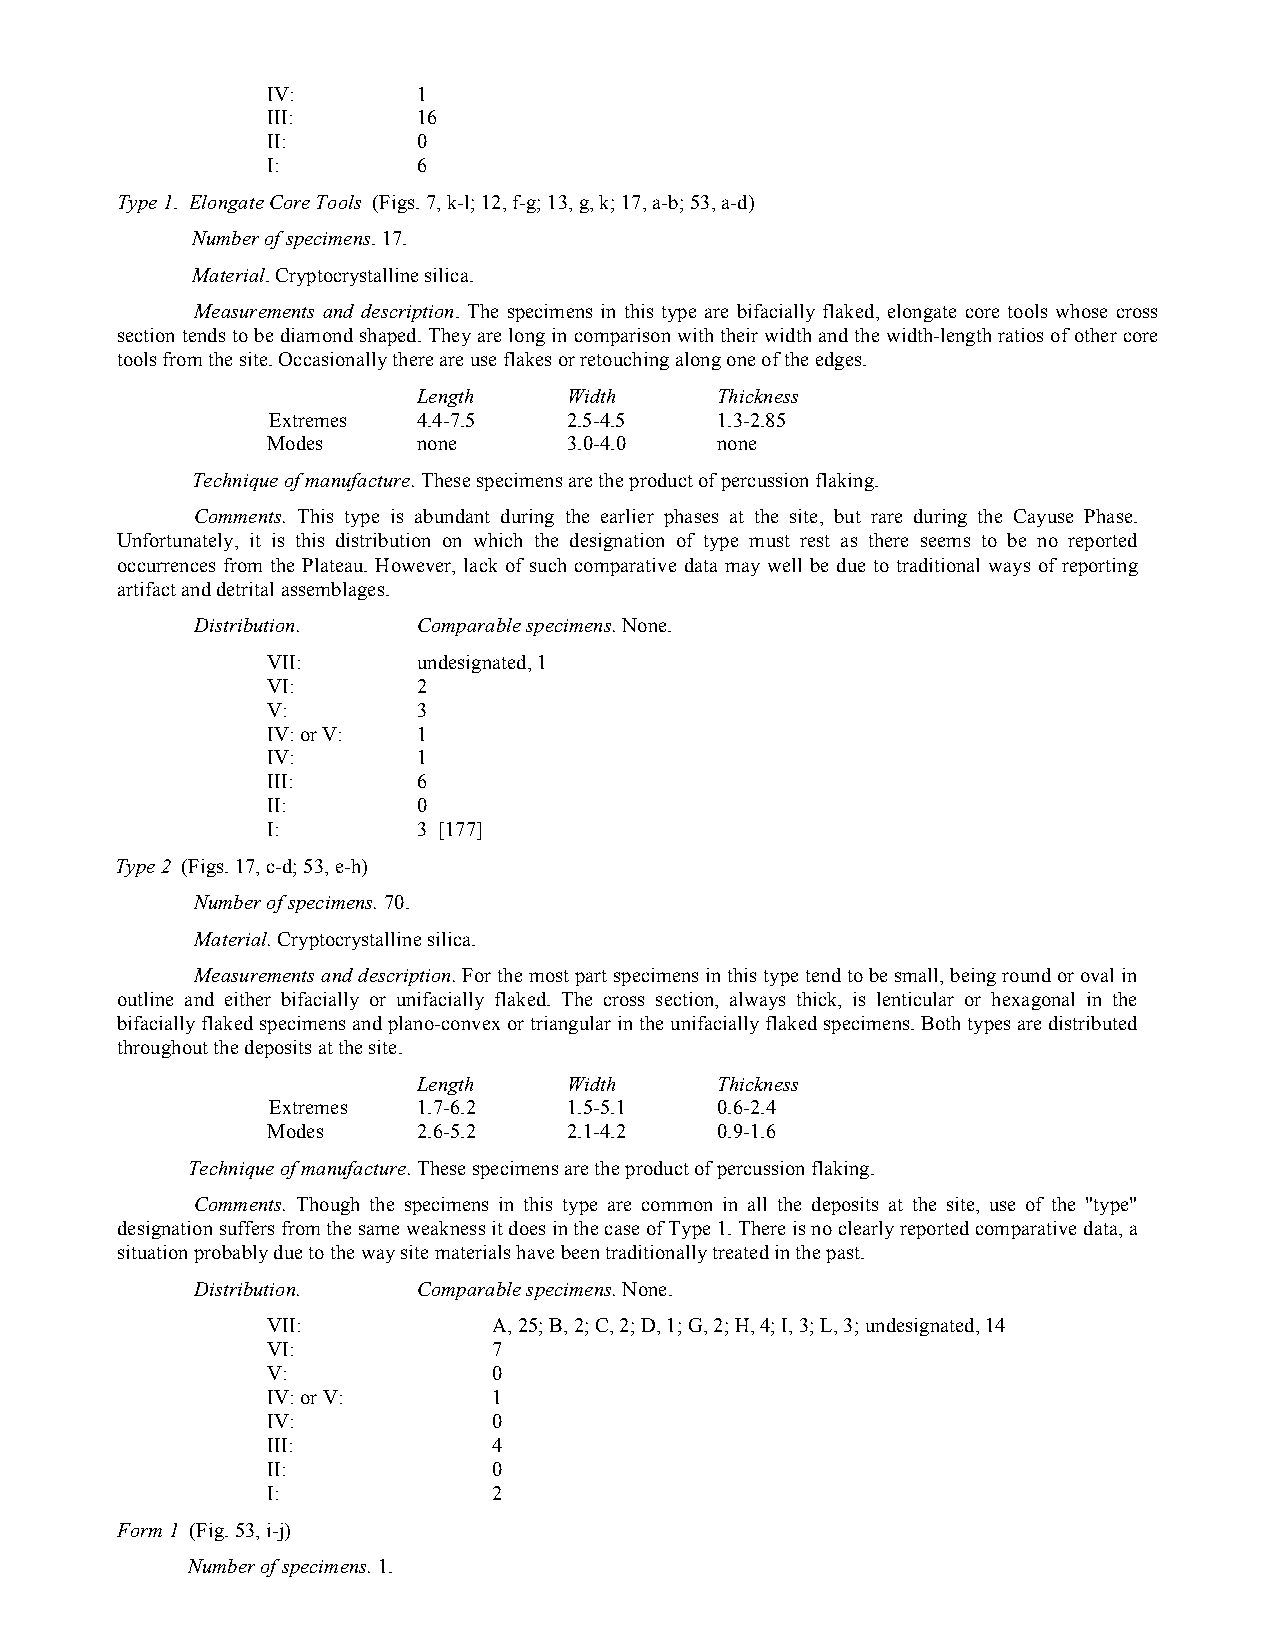
IV:       1
 III:      16
 II:       0
 I:        6
 Type 1. Elongate Core Tools (Figs. 7, k-l; 12, f-g; 13, g, k; 17, a-b; 53, a-d)
 Number of specimens. 17.
 Material. Cryptocrystalline silica.
 Measurements and description. The specimens in this type are bifacially flaked, elongate core tools whose cross
 section tends to be diamond shaped. They are long in comparison with their width and the width-length ratios of other core
 tools from the site. Occasionally there are use flakes or retouching along one of the edges.
 Length    Width    Thickness
 Extremes  4.4-7.5   2.5-4.5  1.3-2.85
 Modes     none      3.0-4.0  none
 Technique of manufacture. These specimens are the product of percussion flaking.
 Comments. This type is abundant during the earlier phases at the site, but rare during the Cayuse Phase.
 Unfortunately, it is this distribution on which the designation of type must rest as there seems to be no reported
 occurrences from the Plateau. However, lack of such comparative data may well be due to traditional ways of reporting
 artifact and detrital assemblages.
 Distribution.  Comparable specimens. None.
 VII:      undesignated, 1
 VI:       2
 V:        3
 IV: or V: 1
 IV:       1
 III:      6
 II:       0
 I:        3 [177]
 Type 2 (Figs. 17, c-d; 53, e-h)
 Number of specimens. 70.
 Material. Cryptocrystalline silica.
 Measurements and description. For the most part specimens in this type tend to be small, being round or oval in
 outline and either bifacially or unifacially flaked. The cross section, always thick, is lenticular or hexagonal in the
 bifacially flaked specimens and plano-convex or triangular in the unifacially flaked specimens. Both types are distributed
 throughout the deposits at the site.
 Length    Width    Thickness
 Extremes  1.7-6.2   1.5-5.1  0.6-2.4
 Modes     2.6-5.2   2.1-4.2  0.9-1.6
 Technique of manufacture. These specimens are the product of percussion flaking.
 Comments. Though the specimens in this type are common in all the deposits at the site, use of the "type"
 designation suffers from the same weakness it does in the case of Type 1. There is no clearly reported comparative data, a
 situation probably due to the way site materials have been traditionally treated in the past.
 Distribution.  Comparable specimens. None.
 VII:           A, 25; B, 2; C, 2; D, 1; G, 2; H, 4; I, 3; L, 3; undesignated, 14
 VI:            7
 V:             0
 IV: or V:      1
 IV:            0
 III:           4
 II:            0
 I:             2
 Form 1 (Fig. 53, i-j)
 Number of specimens. 1.